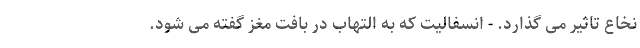
نخاع تاثیر می گذارد. - انسفالیت که به التهاب در بافت مغز گفته می شود.